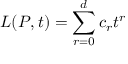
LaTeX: L ( P , t ) = \sum _ { r = 0 } ^ { d } c _ { r } t ^ { r }